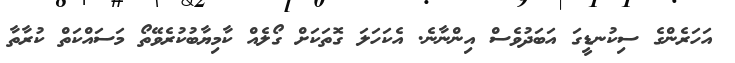
އަހަރެންގެ ސިކުނޑީގަ އަބަދުވެސް އިންނާނެ. އެކަހަލަ ގޮތަކަށް ގޯލެއް ކާމިޔާބުކުރެވޭތޯ މަސައްކަތް ކުރާތާ